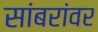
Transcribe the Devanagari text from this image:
सांबरांवर